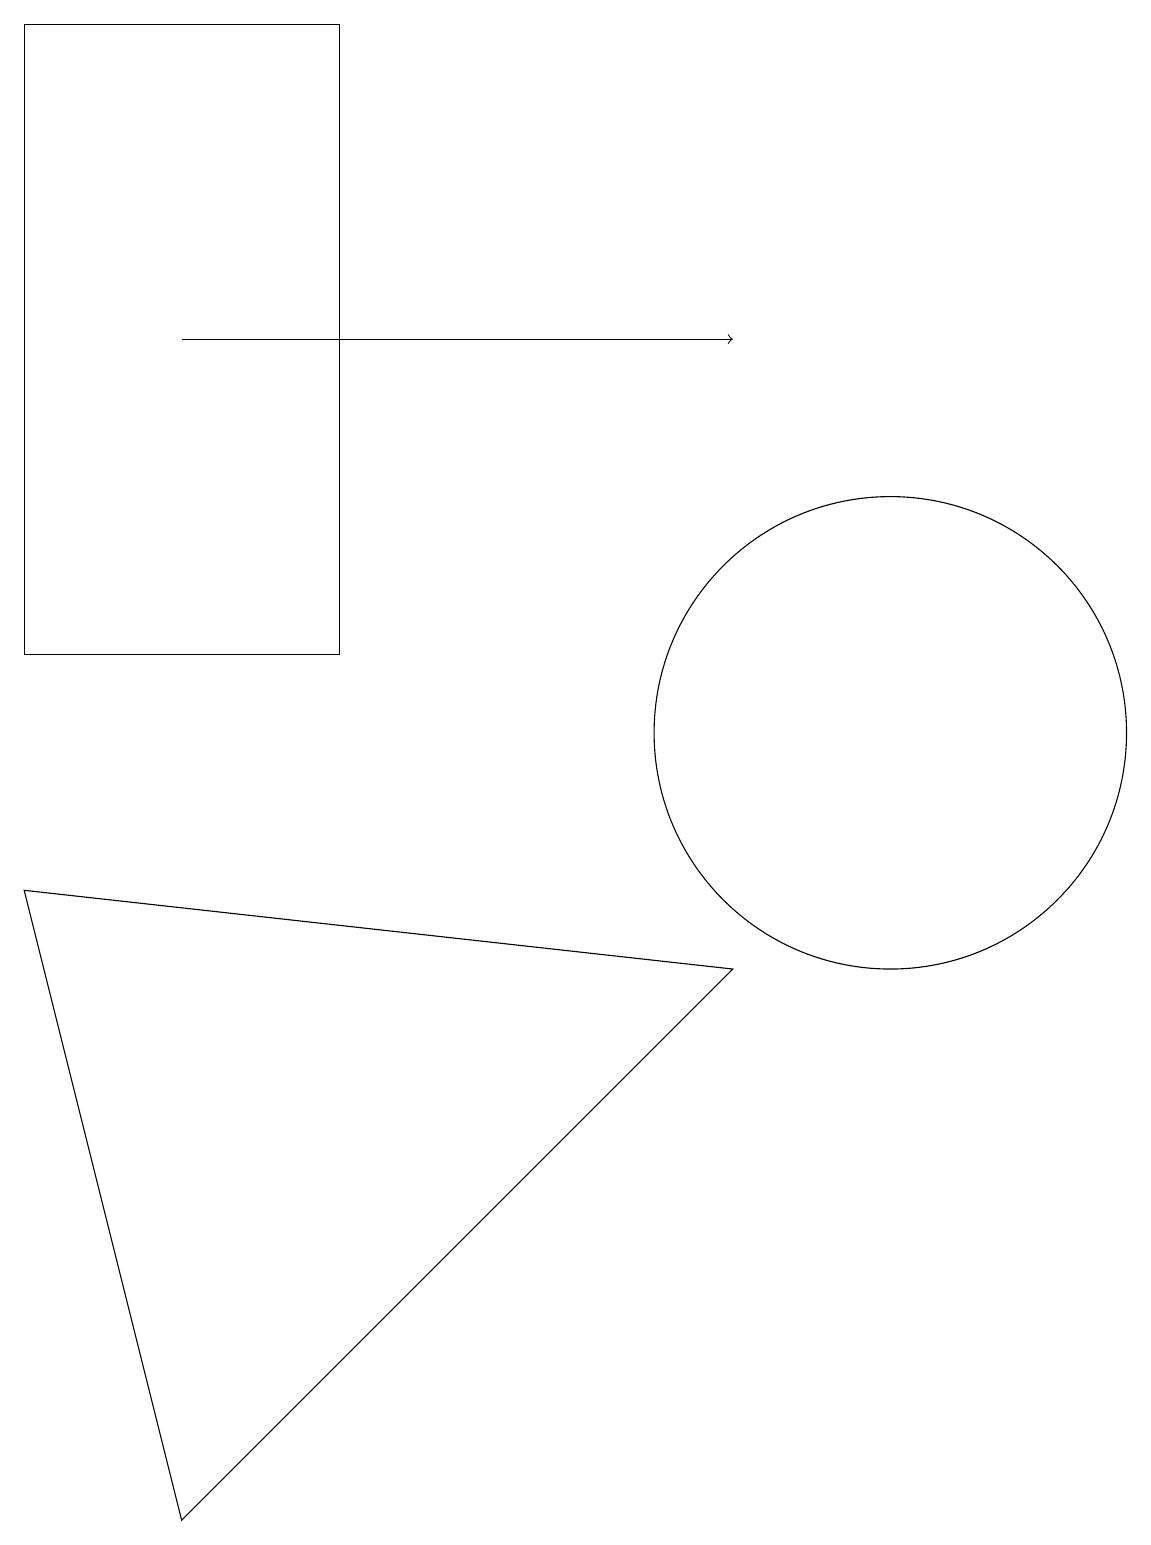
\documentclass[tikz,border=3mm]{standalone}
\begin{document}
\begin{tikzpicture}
\draw (11,10) circle (3);
\draw (0,8) -- (2,0) -- (9,7) -- cycle;
\draw (4,11) rectangle (0,19);
\draw[->] (2,15) -- (9,15);
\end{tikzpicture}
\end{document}